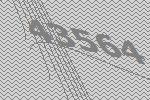
43564